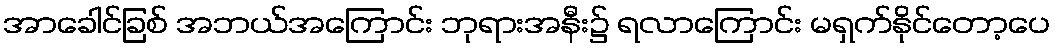
အာခေါင်ခြစ် အဘယ်အကြောင်း ဘုရားအနီး၌ ရလာကြောင်း မရှက်နိုင်တော့ပေ